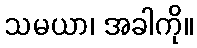
သမယာ၊ အခါကို။